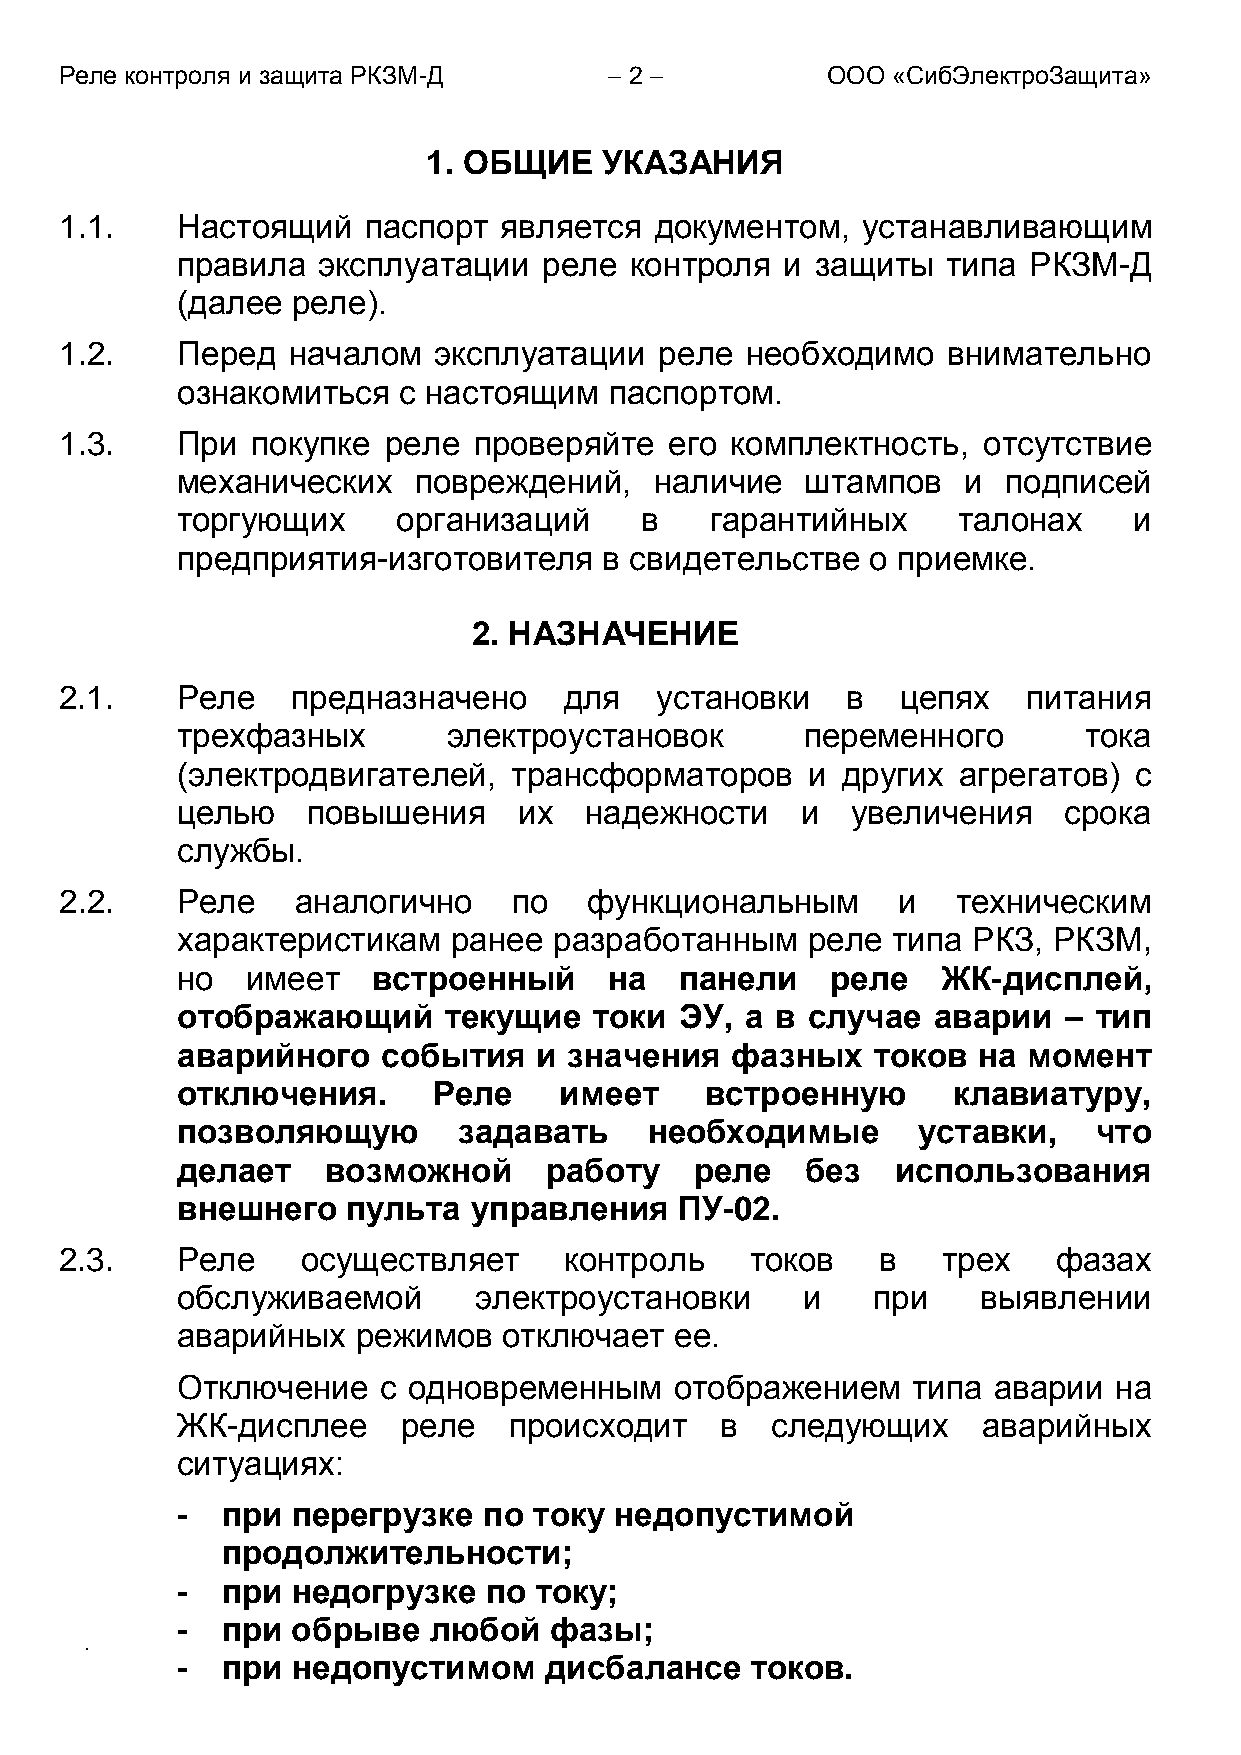
Реле контроля и защита РКЗМ-Д        2           ООО «СибЭлектроЗащита»
 1. ОБЩИЕ    УКАЗАНИЯ
 1.1.    Настоящий   паспорт  является  документом,   устанавливающим
 правила  эксплуатации   реле  контроля  и защиты   типа РКЗМ-Д
 (далее реле).
 1.2.    Перед  началом   эксплуатации   реле необходимо    внимательно
 ознакомиться  с настоящим   паспортом.
 1.3.    При  покупке реле  проверяйте   его комплектность,   отсутствие
 механических   повреждений,    наличие   штампов    и  подписей
 торгующих     организаций     в    гарантийных     талонах     и
 предприятия-изготовителя    в свидетельстве   о приемке.
 2. НАЗНАЧЕНИЕ
 2.1.    Реле   предназначено     для   установки    в   цепях   питания
 трехфазных        электроустановок       переменного        тока
 (электродвигателей,   трансформаторов    и  других агрегатов)  с
 целью   повышения     их   надежности    и  увеличения    срока
 службы.
 2.2.    Реле   аналогично     по   функциональным      и   техническим
 характеристикам   ранее  разработанным   реле  типа РКЗ,  РКЗМ,
 но  имеет    встроенный     на   панели    реле   ЖК-дисплей,
 отображающий     текущие   токи  ЭУ, а в случае   аварии  – тип
 аварийного   события   и  значения  фазных    токов  на момент
 отключения.      Реле    имеет     встроенную      клавиатуру,
 позволяющую       задавать     необходимые       уставки,    что
 делает   возможной      работу    реле   без   использования
 внешнего   пульта  управления    ПУ-02.
 2.3.    Реле    осуществляет     контроль     токов   в   трех    фазах
 обслуживаемой      электроустановки      и    при    выявлении
 аварийных   режимов  отключает   ее.
 Отключение   с одновременным     отображением   типа  аварии  на
 ЖК-дисплее     реле   происходит    в  следующих     аварийных
 ситуациях:
 -  при перегрузке   по току  недопустимой
 продолжительности;
 -  при недогрузке   по току;
 -  при обрыве   любой   фазы;
 -  при недопустимом     дисбалансе    токов.